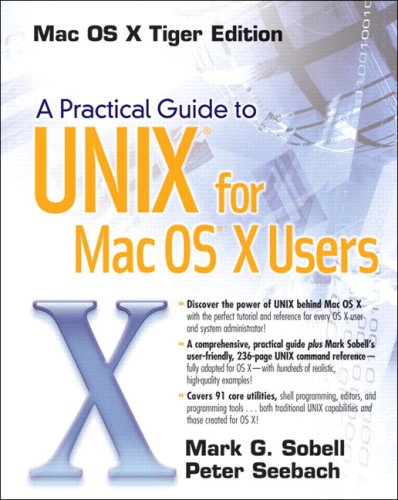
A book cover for A Practical Guide to UNIX for Mac OS X Users; Mark G. Sobell; Computers & Technology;